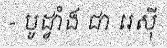
- បូដ្វាំង ជា រេស៊ី